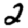
Digit: 2